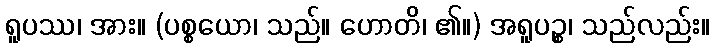
ရူပဿ၊ အား။ (ပစ္စယော၊ သည်။ ဟောတိ၊ ၏။) အရူပဉ္စ၊ သည်လည်း။